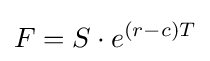
F=S\cdot e^{(r-c)T}